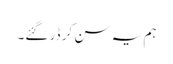
ہم یہ سن کر ڈر گئے۔